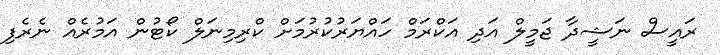
ރައީސް ނަޝީދާ ޖަމީލް އަދި އަކްރަމް ހައްޔަރުކުރުމަށް ކްރިމިނަލް ކޯޓުން އަމުރެއް ނެރެފި